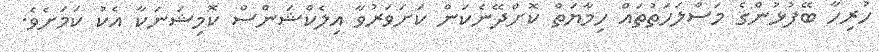
ހުރިހާ ބޭފުޅުންގެ މަސްލަހަތުތައް ހިމާޔަތް ކޮށްދޭނެކަން ކަށަވަރުވާ އިލެކްޝަންސް ކޮމިޝަނަކާ އެކު ކަމަށެވެ.